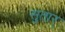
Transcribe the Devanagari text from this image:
सुतार्